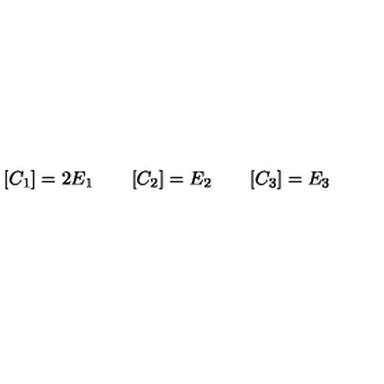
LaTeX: [ C _ { 1 } ] = 2 E _ { 1 } \qquad [ C _ { 2 } ] = E _ { 2 } \qquad [ C _ { 3 } ] = E _ { 3 }